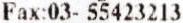
FAX:03- 55423213